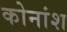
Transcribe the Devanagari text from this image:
कोनांश